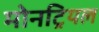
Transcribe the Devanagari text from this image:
मोनट्रियल